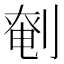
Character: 𠞒